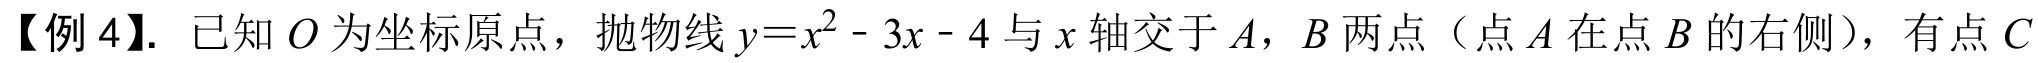
【例 4】. 已知\(O\)为坐标原点，抛物线\(y = x^{2}-3x - 4\)与\(x\)轴交于\(A\)，\(B\)两点（点\(A\)在点\(B\)的右侧），有点\(C\)